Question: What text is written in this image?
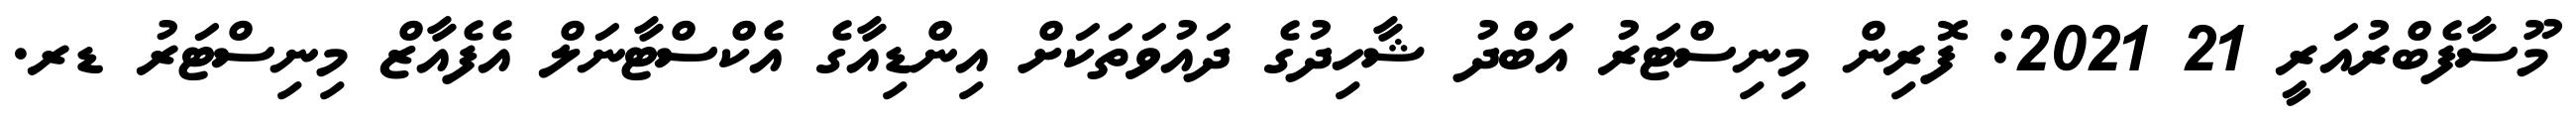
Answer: މޫސާފެބްރުއަރީ 21 2021: ފޮރިން މިނިސްޓަރު އަބްދު ޝާހިދުގެ ދައުވަތަކަށް އިންޑިއާގެ އެކްސްޓާނަލް އެފެއާޒް މިނިސްޓަރު ޑރ.